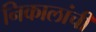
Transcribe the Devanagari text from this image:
निकालांची